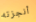
أنجزته